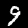
Label: 9